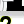
Digit: 2